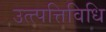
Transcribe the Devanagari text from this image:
उत्त्पत्तिविधि